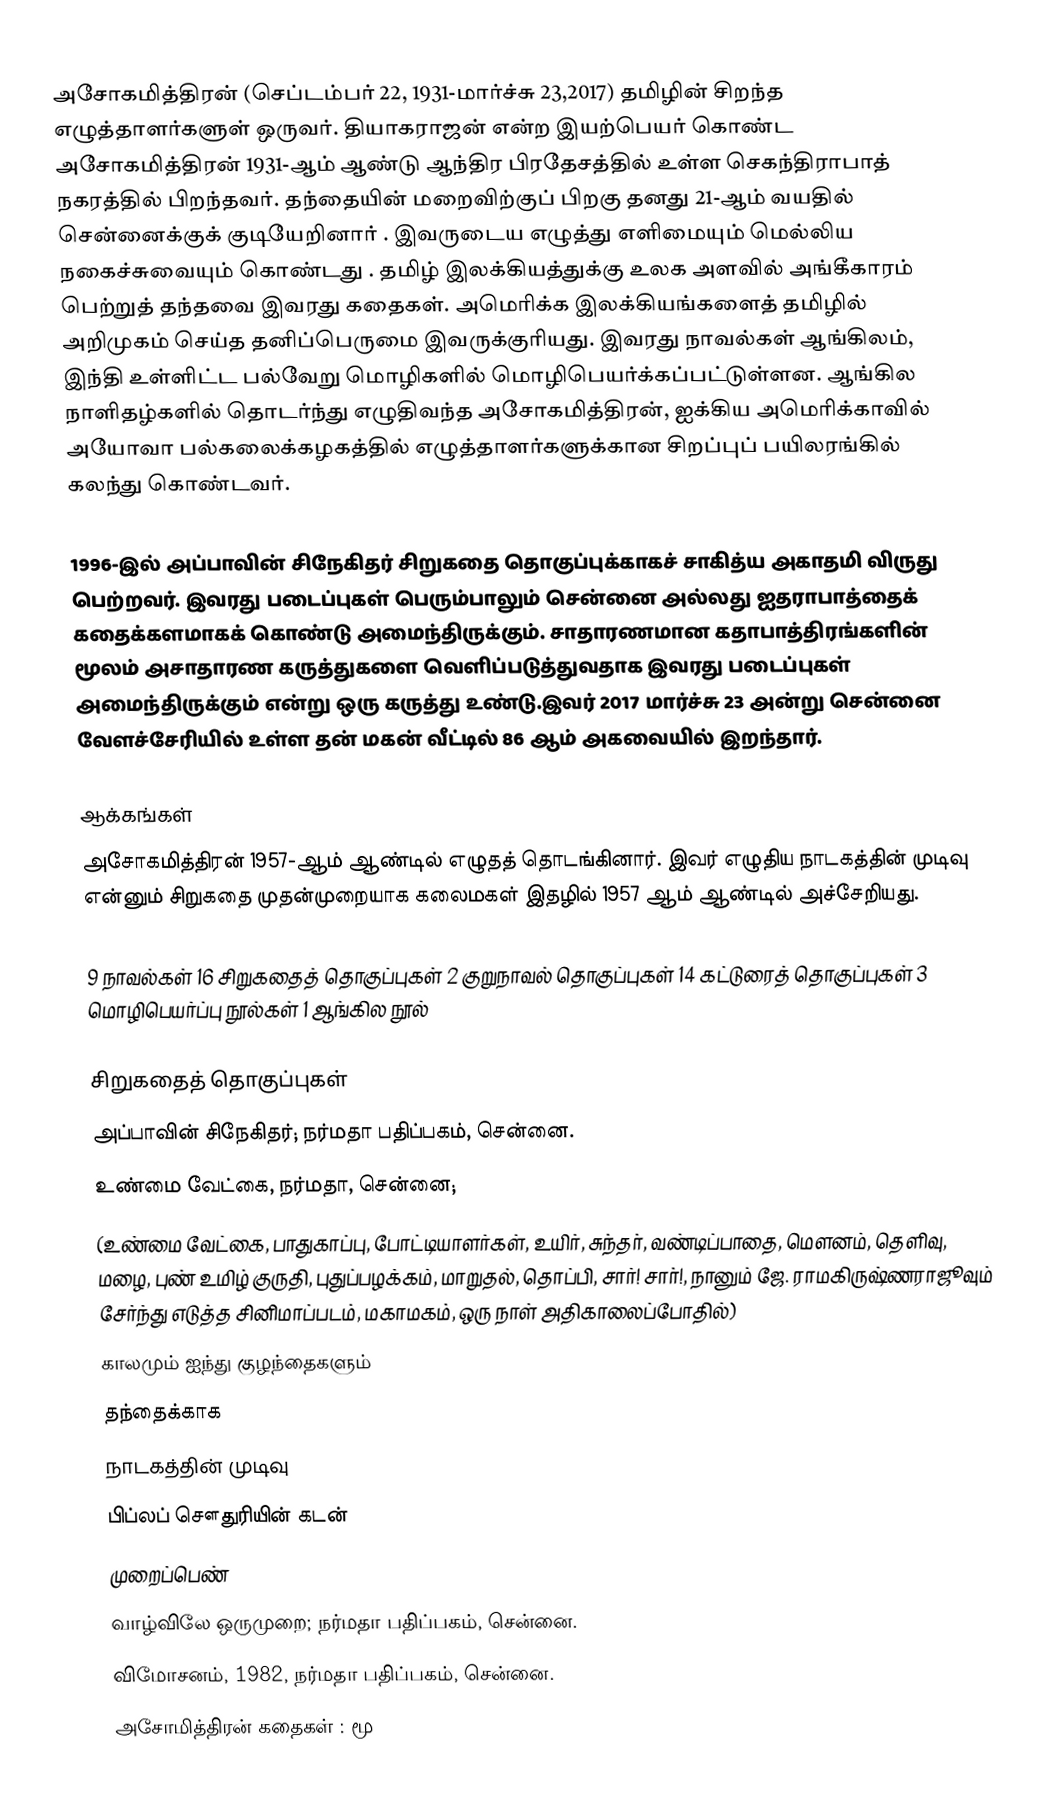
அசோகமித்திரன் (செப்டம்பர் 22, 1931-மார்ச்சு 23,2017) தமிழின் சிறந்த எழுத்தாளர்களுள் ஒருவர். தியாகராஜன் என்ற இயற்பெயர் கொண்ட அசோகமித்திரன் 1931-ஆம் ஆண்டு ஆந்திர பிரதேசத்தில் உள்ள செகந்திராபாத் நகரத்தில் பிறந்தவர். தந்தையின் மறைவிற்குப் பிறகு தனது 21-ஆம் வயதில் சென்னைக்குக் குடியேறினார்  . இவருடைய எழுத்து எளிமையும் மெல்லிய நகைச்சுவையும் கொண்டது . தமிழ் இலக்கியத்துக்கு உலக அளவில் அங்கீகாரம் பெற்றுத் தந்தவை இவரது கதைகள். அமெரிக்க இலக்கியங்களைத் தமிழில் அறிமுகம் செய்த தனிப்பெருமை இவருக்குரியது. இவரது நாவல்கள் ஆங்கிலம், இந்தி உள்ளிட்ட பல்வேறு மொழிகளில் மொழிபெயர்க்கப்பட்டுள்ளன. ஆங்கில நாளிதழ்களில் தொடர்ந்து எழுதிவந்த அசோகமித்திரன், ஐக்கிய அமெரிக்காவில் அயோவா பல்கலைக்கழகத்தில் எழுத்தாளர்களுக்கான சிறப்புப் பயிலரங்கில் கலந்து கொண்டவர்.

1996-இல் அப்பாவின் சிநேகிதர் சிறுகதை தொகுப்புக்காகச் சாகித்ய அகாதமி விருது பெற்றவர். இவரது படைப்புகள் பெரும்பாலும் சென்னை அல்லது ஐதராபாத்தைக் கதைக்களமாகக் கொண்டு அமைந்திருக்கும். சாதாரணமான கதாபாத்திரங்களின் மூலம் அசாதாரண கருத்துகளை வெளிப்படுத்துவதாக இவரது படைப்புகள் அமைந்திருக்கும் என்று ஒரு கருத்து உண்டு.இவர் 2017 மார்ச்சு 23 அன்று சென்னை வேளச்சேரியில் உள்ள தன் மகன் வீட்டில் 86 ஆம் அகவையில் இறந்தார்.

ஆக்கங்கள்
அசோகமித்திரன் 1957-ஆம் ஆண்டில் எழுதத் தொடங்கினார். இவர் எழுதிய நாடகத்தின் முடிவு என்னும் சிறுகதை முதன்முறையாக கலைமகள் இதழில் 1957 ஆம் ஆண்டில் அச்சேறியது.

9 நாவல்கள் 16 சிறுகதைத் தொகுப்புகள்  2 குறுநாவல் தொகுப்புகள்  14 கட்டுரைத் தொகுப்புகள்  3 மொழிபெயர்ப்பு நூல்கள்  1 ஆங்கில நூல்

சிறுகதைத் தொகுப்புகள்
 அப்பாவின் சிநேகிதர்; நர்மதா பதிப்பகம், சென்னை.
 உண்மை வேட்கை, நர்மதா, சென்னை;
(உண்மை வேட்கை, பாதுகாப்பு, போட்டியாளர்கள், உயிர், சுந்தர், வண்டிப்பாதை, மெளனம், தெளிவு, மழை, புண் உமிழ் குருதி, புதுப்பழக்கம், மாறுதல், தொப்பி, சார்! சார்!, நானும் ஜே. ராமகிருஷ்ணராஜூவும் சேர்ந்து எடுத்த சினிமாப்படம், மகாமகம், ஒரு நாள் அதிகாலைப்போதில்)
 காலமும் ஐந்து குழந்தைகளும்
 தந்தைக்காக
 நாடகத்தின் முடிவு
 பிப்லப் சௌதுரியின் கடன்
 முறைப்பெண்
 வாழ்விலே ஒருமுறை; நர்மதா பதிப்பகம், சென்னை.
 விமோசனம், 1982, நர்மதா பதிப்பகம், சென்னை.
 அசோமித்திரன் கதைகள் : மூ